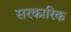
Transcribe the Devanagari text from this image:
सरकारिक